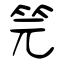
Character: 笎